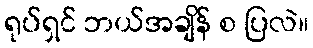
ရုပ်ရှင် ဘယ်အချိန် စ ပြလဲ။